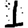
Digit: 1